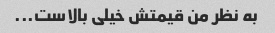
به نظر من قیمتش خیلی بالاست...